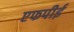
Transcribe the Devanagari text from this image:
एफपीई